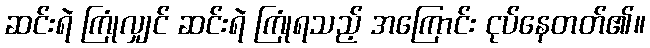
ဆင်းရဲ ကြုံလျှင် ဆင်းရဲ ကြုံရသည့် အကြောင်း ငုပ်နေတတ်၏။